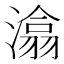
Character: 潝